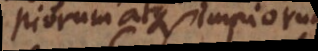
piorum atque impiorum,